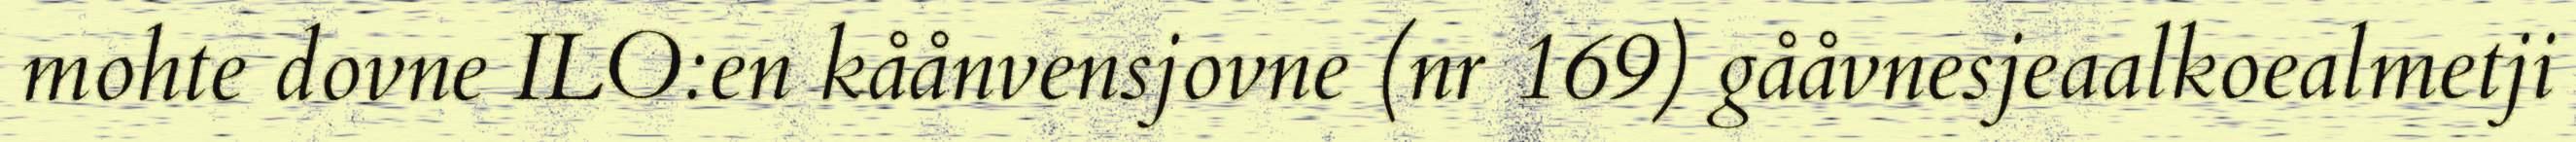
mohte dovne ILO:en kåånvensjovne (nr 169) gååvnesjeaalkoealmetji